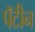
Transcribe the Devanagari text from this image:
पॅटीन